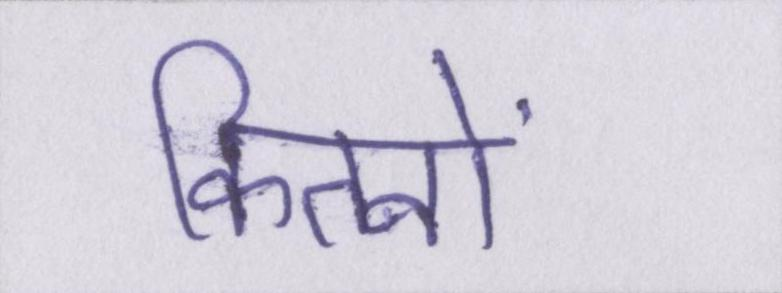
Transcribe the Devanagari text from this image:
कितनों